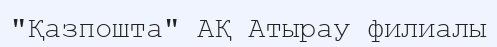
"Қазпошта" АҚ Атырау филиалы